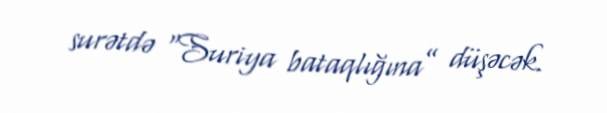
surətdə “Suriya bataqlığına” düşəcək.